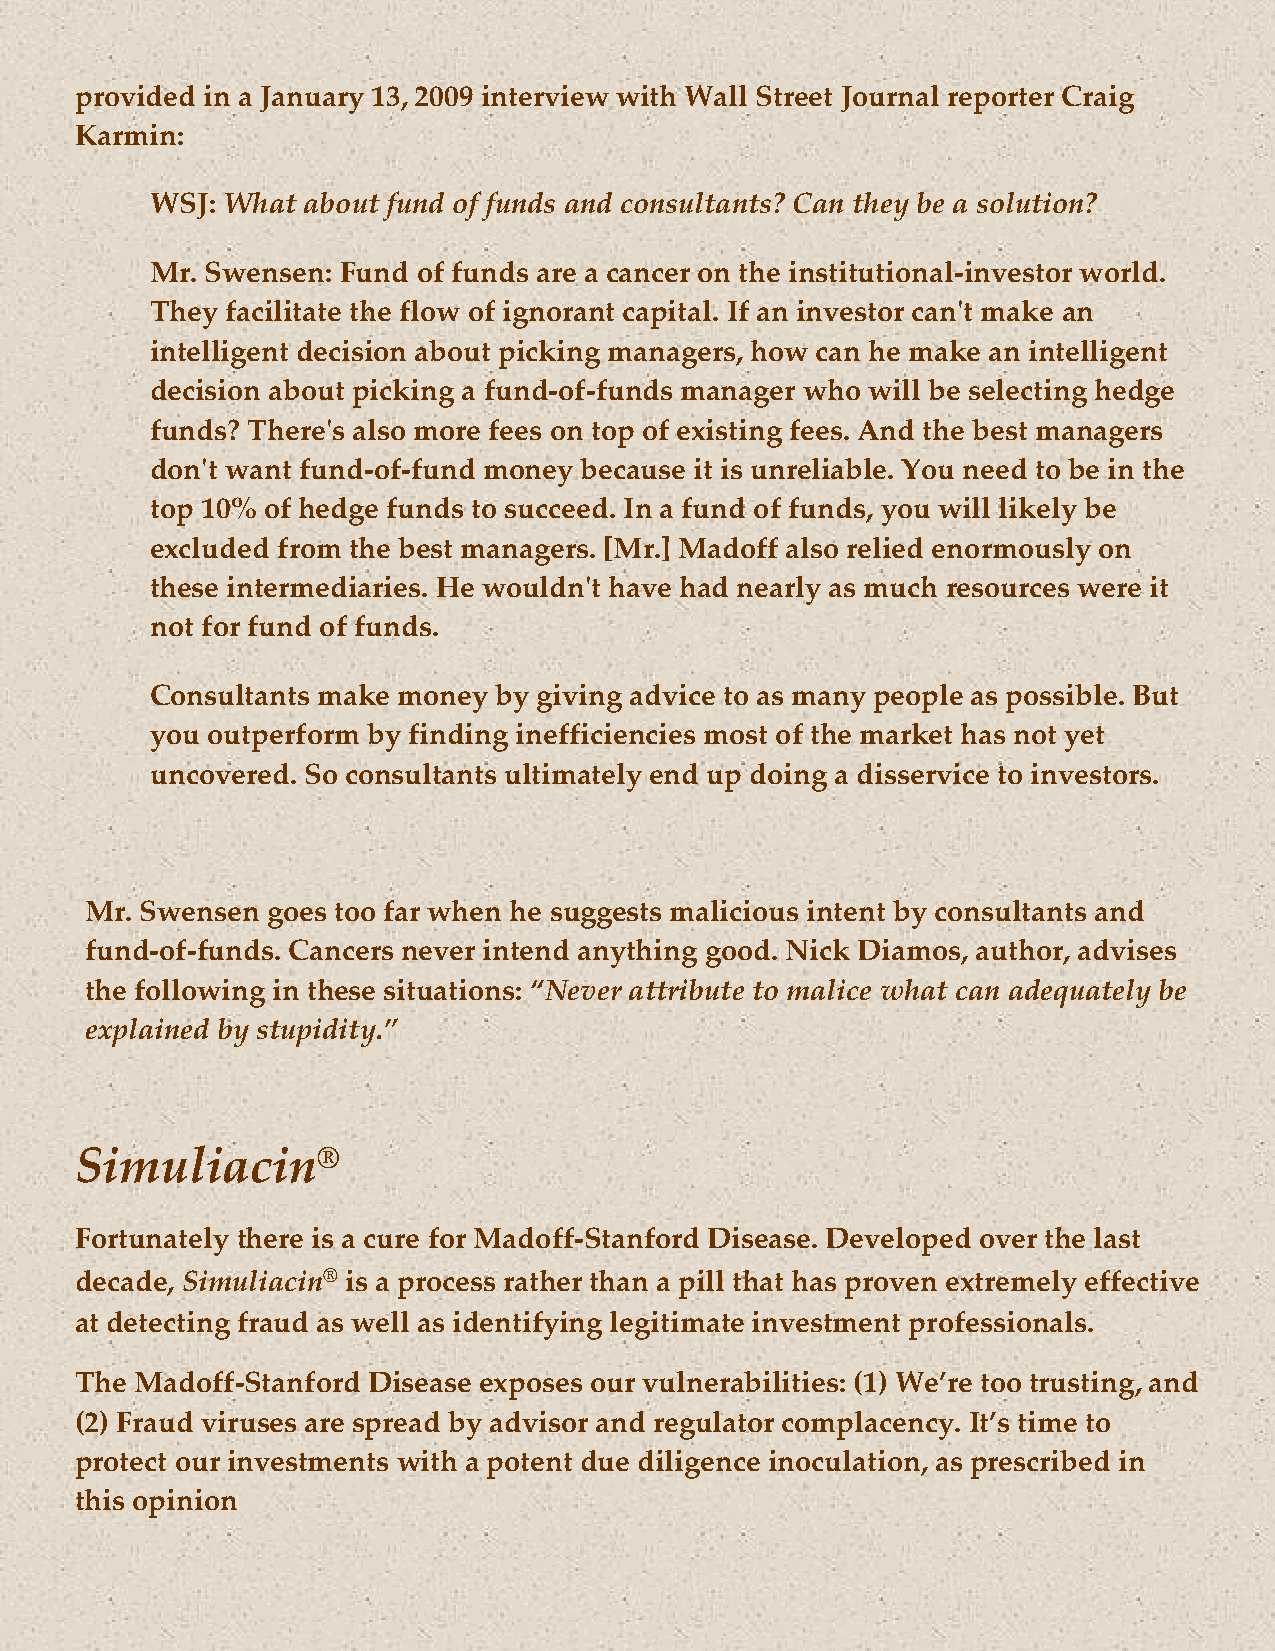
provided in a January 13, 2009 interview with Wall Street Journal reporter Craig
 Karmin:
 WSJ: What about fund of funds and consultants? Can they be a solution?
 Mr. Swensen: Fund of funds are a cancer on the institutional-investor world.
 They facilitate the flow of ignorant capital. If an investor can't make an
 intelligent decision about picking managers, how can he make an intelligent
 decision about picking a fund-of-funds manager who will be selecting hedge
 funds? There's also more fees on top of existing fees. And the best managers
 don't want fund-of-fund money because it is unreliable. You need to be in the
 top 10% of hedge funds to succeed. In a fund of funds, you will likely be
 excluded from the best managers. [Mr.] Madoff also relied enormously on
 these intermediaries. He wouldn't have had nearly as much resources were it
 not for fund of funds.
 Consultants make money by giving advice to as many people as possible. But
 you outperform by finding inefficiencies most of the market has not yet
 uncovered. So consultants ultimately end up doing a disservice to investors.
 Mr. Swensen goes too far when he suggests malicious intent by consultants and
 fund-of-funds. Cancers never intend anything good. Nick Diamos, author, advises
 the following in these situations: “Never attribute to malice what can adequately be
 explained by stupidity.”
 Simuliacin®
 Fortunately there is a cure for Madoff-Stanford Disease. Developed over the last
 decade, Simuliacin® is a process rather than a pill that has proven extremely effective
 at detecting fraud as well as identifying legitimate investment professionals.
 The Madoff-Stanford Disease exposes our vulnerabilities: (1) We’re too trusting, and
 (2) Fraud viruses are spread by advisor and regulator complacency. It’s time to
 protect our investments with a potent due diligence inoculation, as prescribed in
 this opinion